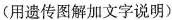
(用遗传图解加文字说明)